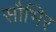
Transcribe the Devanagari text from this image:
सौभिर